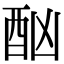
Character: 酗